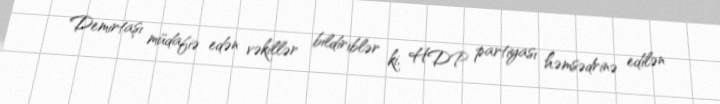
Demirtaşı müdafiə edən vəkillər bildiriblər ki, HDP partiyası həmsədrinə edilən